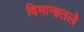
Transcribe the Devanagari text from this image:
विमानातले